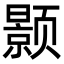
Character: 颢